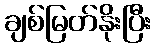
ချစ်မြတ်နိုးပြီး